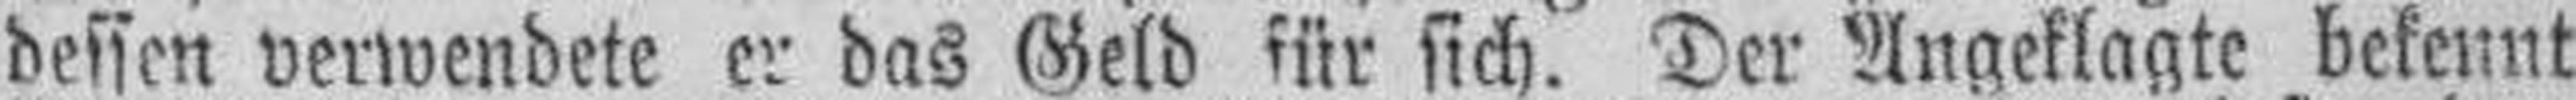
dessen verwendete er das Geld für sich. Der Angeklagte bekennt